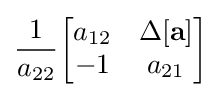
{\frac {1}{a_{22}}}{\begin{bmatrix}a_{12}&\Delta \mathbf {[a]} \\-1&a_{21}\end{bmatrix}}